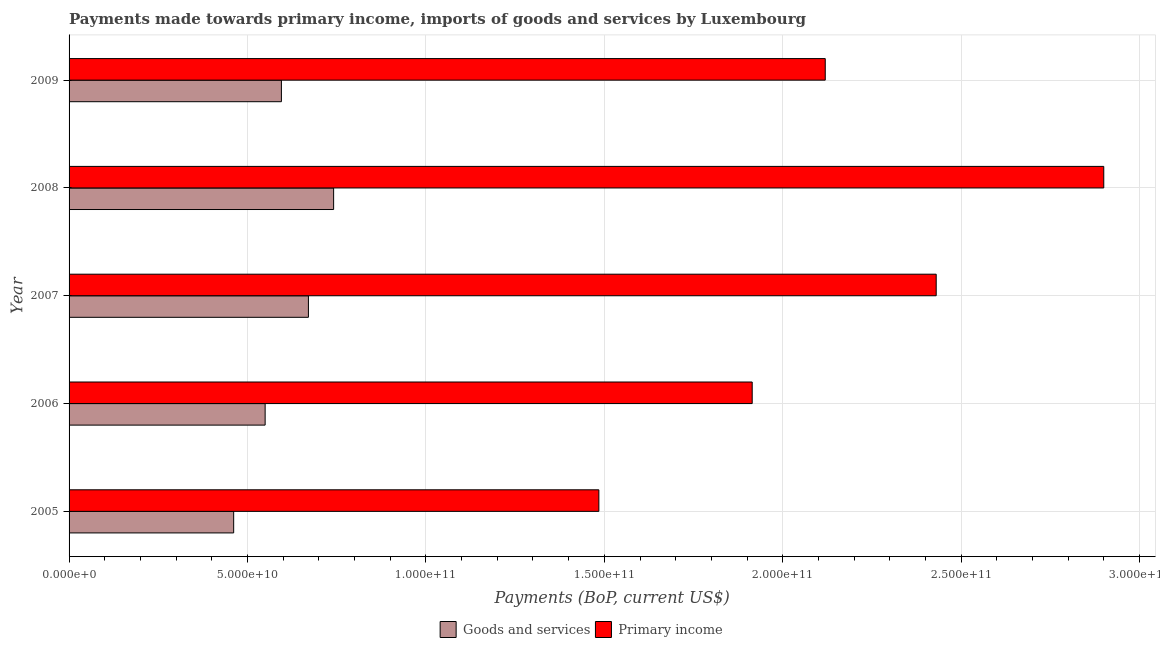
| Year | Goods and services | Primary income |
 | --- | --- | --- |
 | 2005 | 4.61e+10 | 1.48e+11 |
 | 2006 | 5.49e+10 | 1.91e+11 |
 | 2007 | 6.71e+10 | 2.43e+11 |
 | 2008 | 7.41e+10 | 2.9e+11 |
 | 2009 | 5.95e+10 | 2.12e+11 |